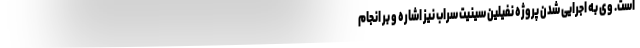
است. وی به اجرایی شدن پروژه نفیلین سینیت سراب نیز اشاره و بر انجام